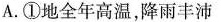
A.①地全年高温，降雨丰沛